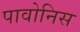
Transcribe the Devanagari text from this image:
पावोनिस